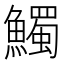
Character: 𩼟